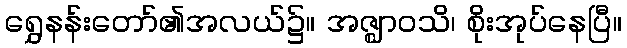
ရွှေနန်းတော်၏အလယ်၌။ အဇ္ဈာဝသိ၊ စိုးအုပ်နေပြီ။